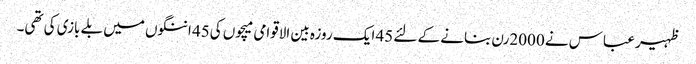
ظہیر عباس نے 2000رن بنانے کے لئے 45 ایک روزہ بین الاقوامی میچوں کی45 اننگوں میں بلے بازی کی تھی۔